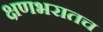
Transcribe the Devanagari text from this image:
क्षणभरातच